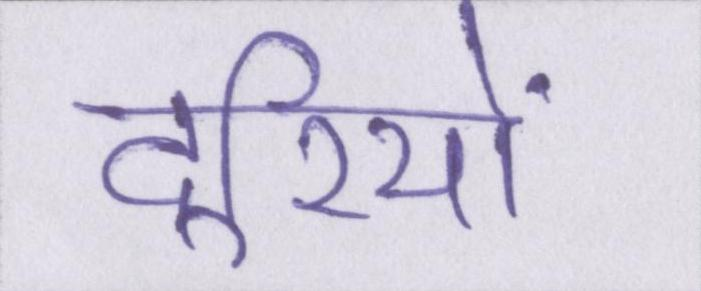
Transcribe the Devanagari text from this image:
दूरियों